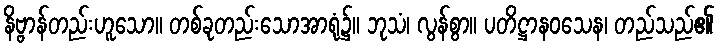
နိဗ္ဗာန်တည်းဟူသော။ တစ်ခုတည်းသောအာရုံ၌။ ဘုသံ၊ လွန်စွာ။ ပတိဋ္ဌာနဝသေန၊ တည်သည်၏